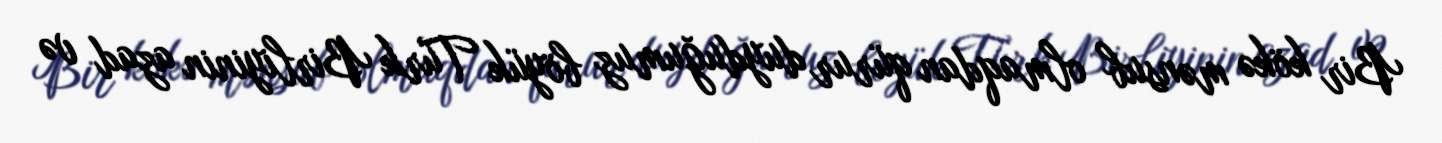
Bir kökə mənsub olmaqdan qürur duyduğumuz böyük Türk Birliyinin azad və